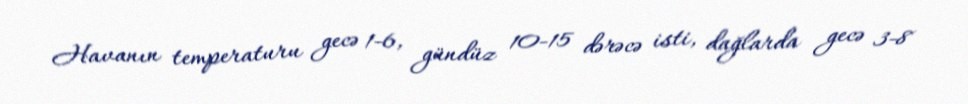
Havanın temperaturu gecə 1-6, gündüz 10-15 dərəcə isti, dağlarda gecə 3-8